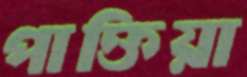
পাক্তিয়া